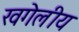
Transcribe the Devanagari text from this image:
खगेलीय